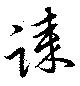
誄